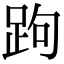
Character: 跔